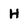
Character: H